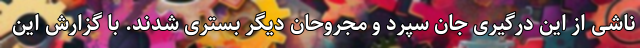
ناشی از این درگیری جان سپرد و مجروحان دیگر بستری شدند. با گزارش این